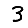
Digit: 3